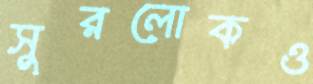
সুরলোকও